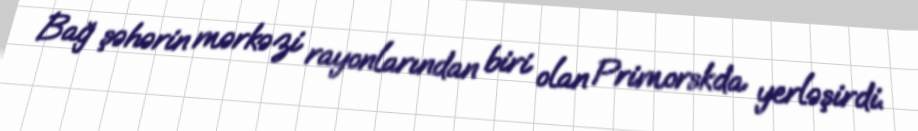
Bağ şəhərin mərkəzi rayonlarından biri olan Primorskda yerləşirdi.